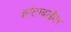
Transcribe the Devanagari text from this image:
शांताबाईंवर